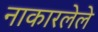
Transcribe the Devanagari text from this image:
नाकारलेले